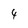
Character: 4